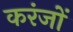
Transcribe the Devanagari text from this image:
करंजों